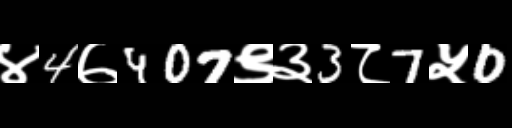
Text: ४4७407९३3८7५0